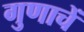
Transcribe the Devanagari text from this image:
गुणाचें